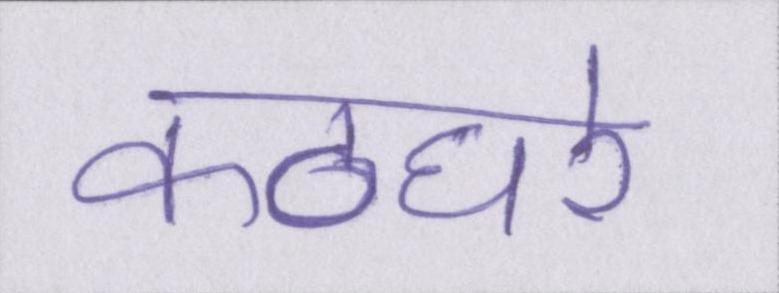
कठघरे